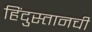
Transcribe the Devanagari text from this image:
हिंदुस्तानची